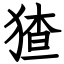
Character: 猹